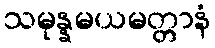
သမုန္နမယမတ္တာနံ